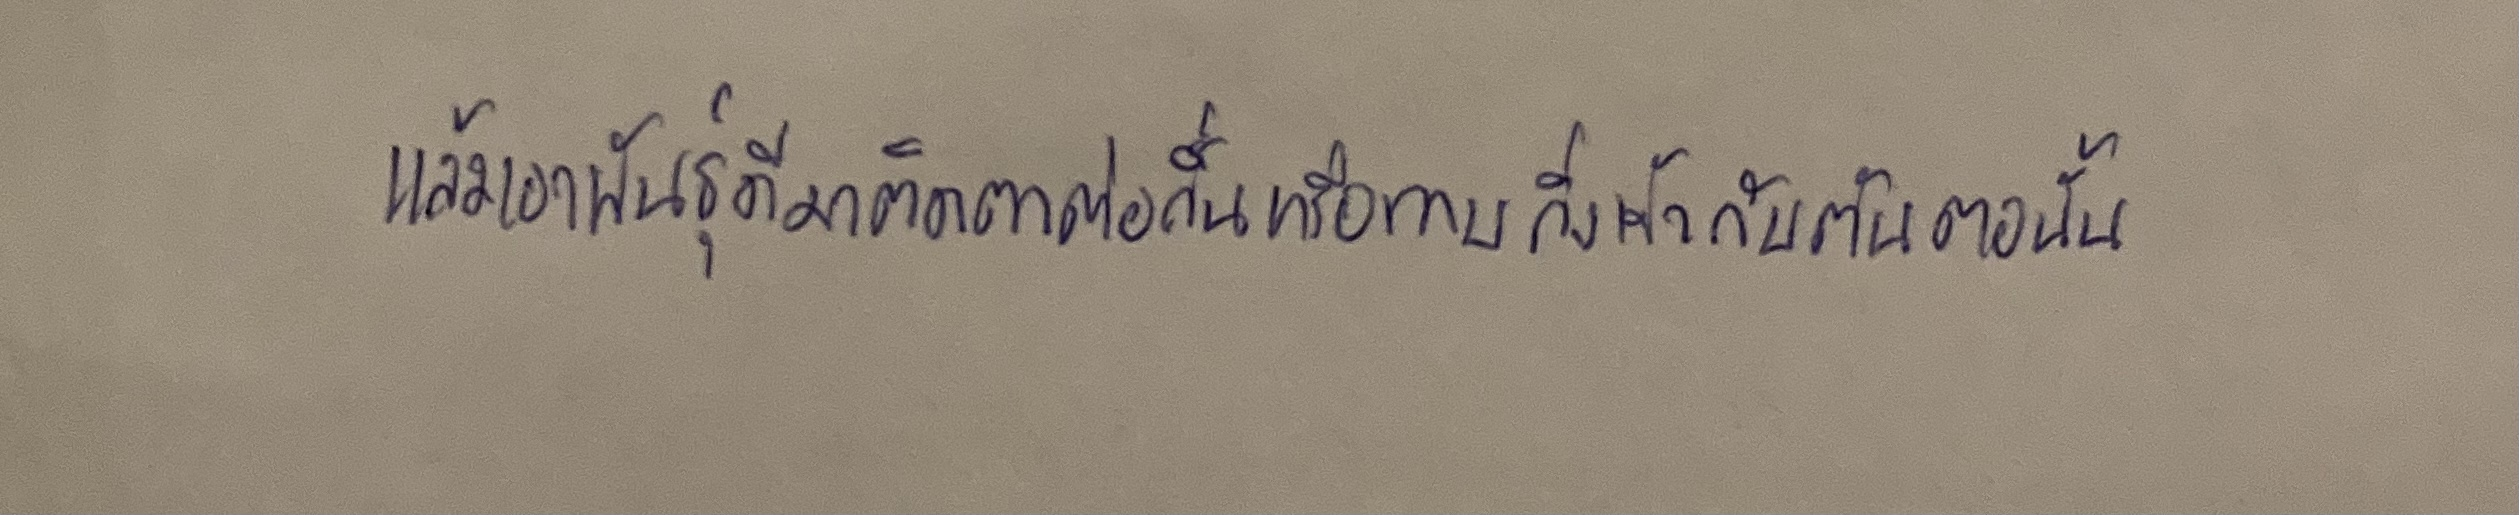
แล้วเอาพันธุ์ดีมาติดตาต่อกิ่งหรือทาบกิ่งเข้ากับต้นตอนั้น